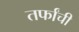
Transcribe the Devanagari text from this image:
तर्फांची